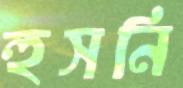
হুসনি